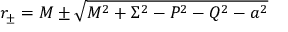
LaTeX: r _ { \pm } = M \pm \sqrt { M ^ { 2 } + \Sigma ^ { 2 } - P ^ { 2 } - Q ^ { 2 } - a ^ { 2 } }